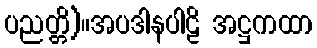
ပညတ္တိ)။အပဒါနပါဠိ အဋ္ဌကထာ